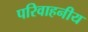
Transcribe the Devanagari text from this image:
परिवाहनीय